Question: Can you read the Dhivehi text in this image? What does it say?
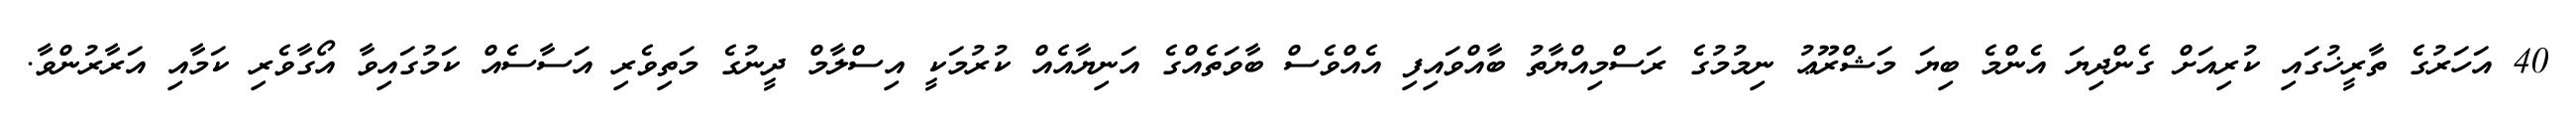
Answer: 40 އަހަރުގެ ތާރީޚުގައި ކުރިއަށް ގެންދިޔަ އެންމެ ބިޔަ މަޝްރޫޢު ނިމުމުގެ ރަސްމިއްޔާތު ބާއްވައިފި އެއްވެސް ބާވަތެއްގެ އަނިޔާއެއް ކުރުމަކީ އިސްލާމް ދީނުގެ މަތިވެރި އަސާސެއް ކަމުގައިވާ އޯގާވެރި ކަމާއި އަރާރުންވާ.